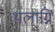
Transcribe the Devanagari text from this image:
थलाग्नि